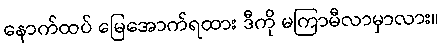
နောက်ထပ် မြေအောက်ရထား ဒီကို မကြာမီလာမှာလား။